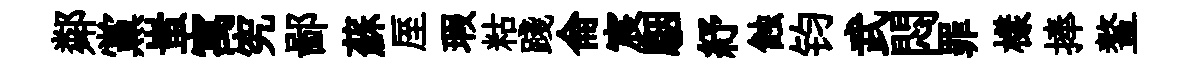
鄰黨蚩寓究鄙蘇厔瑕䊀踐侖宸駰紓蝕钧武悶罪樣捧鳌